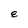
Character: E